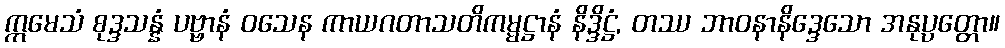
ဣမေသံ စုဒ္ဒသန္နံ ပဗ္ဗာနံ ဝသေန ကာယဂတာသတိကမ္မဋ္ဌာနံ နိဒ္ဒိဋ္ဌံ, တဿ ဘာဝနာနိဒ္ဒေသော အနုပ္ပတ္တော။